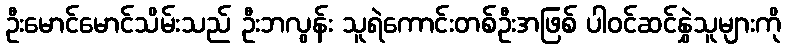
ဦးမောင်မောင်သိမ်းသည် ဦးဘလွန်း သူရဲကောင်းတစ်ဦးအဖြစ် ပါဝင်ဆင်နွှဲသူများကို